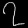
Digit: ၇